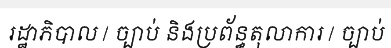
រដ្ឋាភិបាល / ច្បាប់ និងប្រព័ន្ធតុលាការ / ច្បាប់